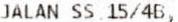
JALAN SS 15/4B,